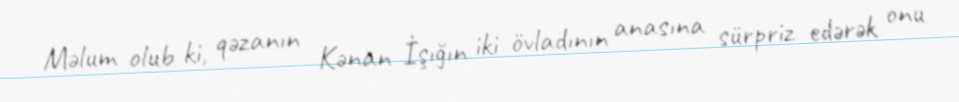
Məlum olub ki, qəzanın Kənan İşığın iki övladının anasına sürpriz edərək onu